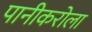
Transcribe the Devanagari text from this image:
पानीकरोला